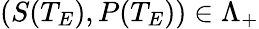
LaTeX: (S(T_{E}),P(T_{E}))\in\Lambda_{+}